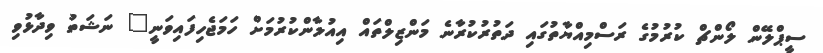
ސީޕްލޭން ލޯންޗް ކުރުމުގެ ރަސްމިއްޔާތުގައި ދަތުރުކުރާނެ މަންޒިލްތައް އިއުލާންކުރުމަށް ހަމަޖެހިފައިވަނީ" ނަޝަތު ވިދާޅުވި